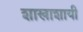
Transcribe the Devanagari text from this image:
शाखाशायी